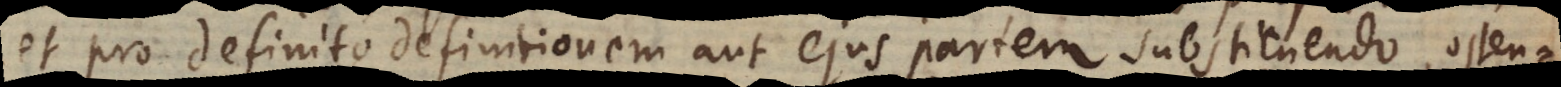
et pro definito definitionem aut ejus partem substituendo, osten